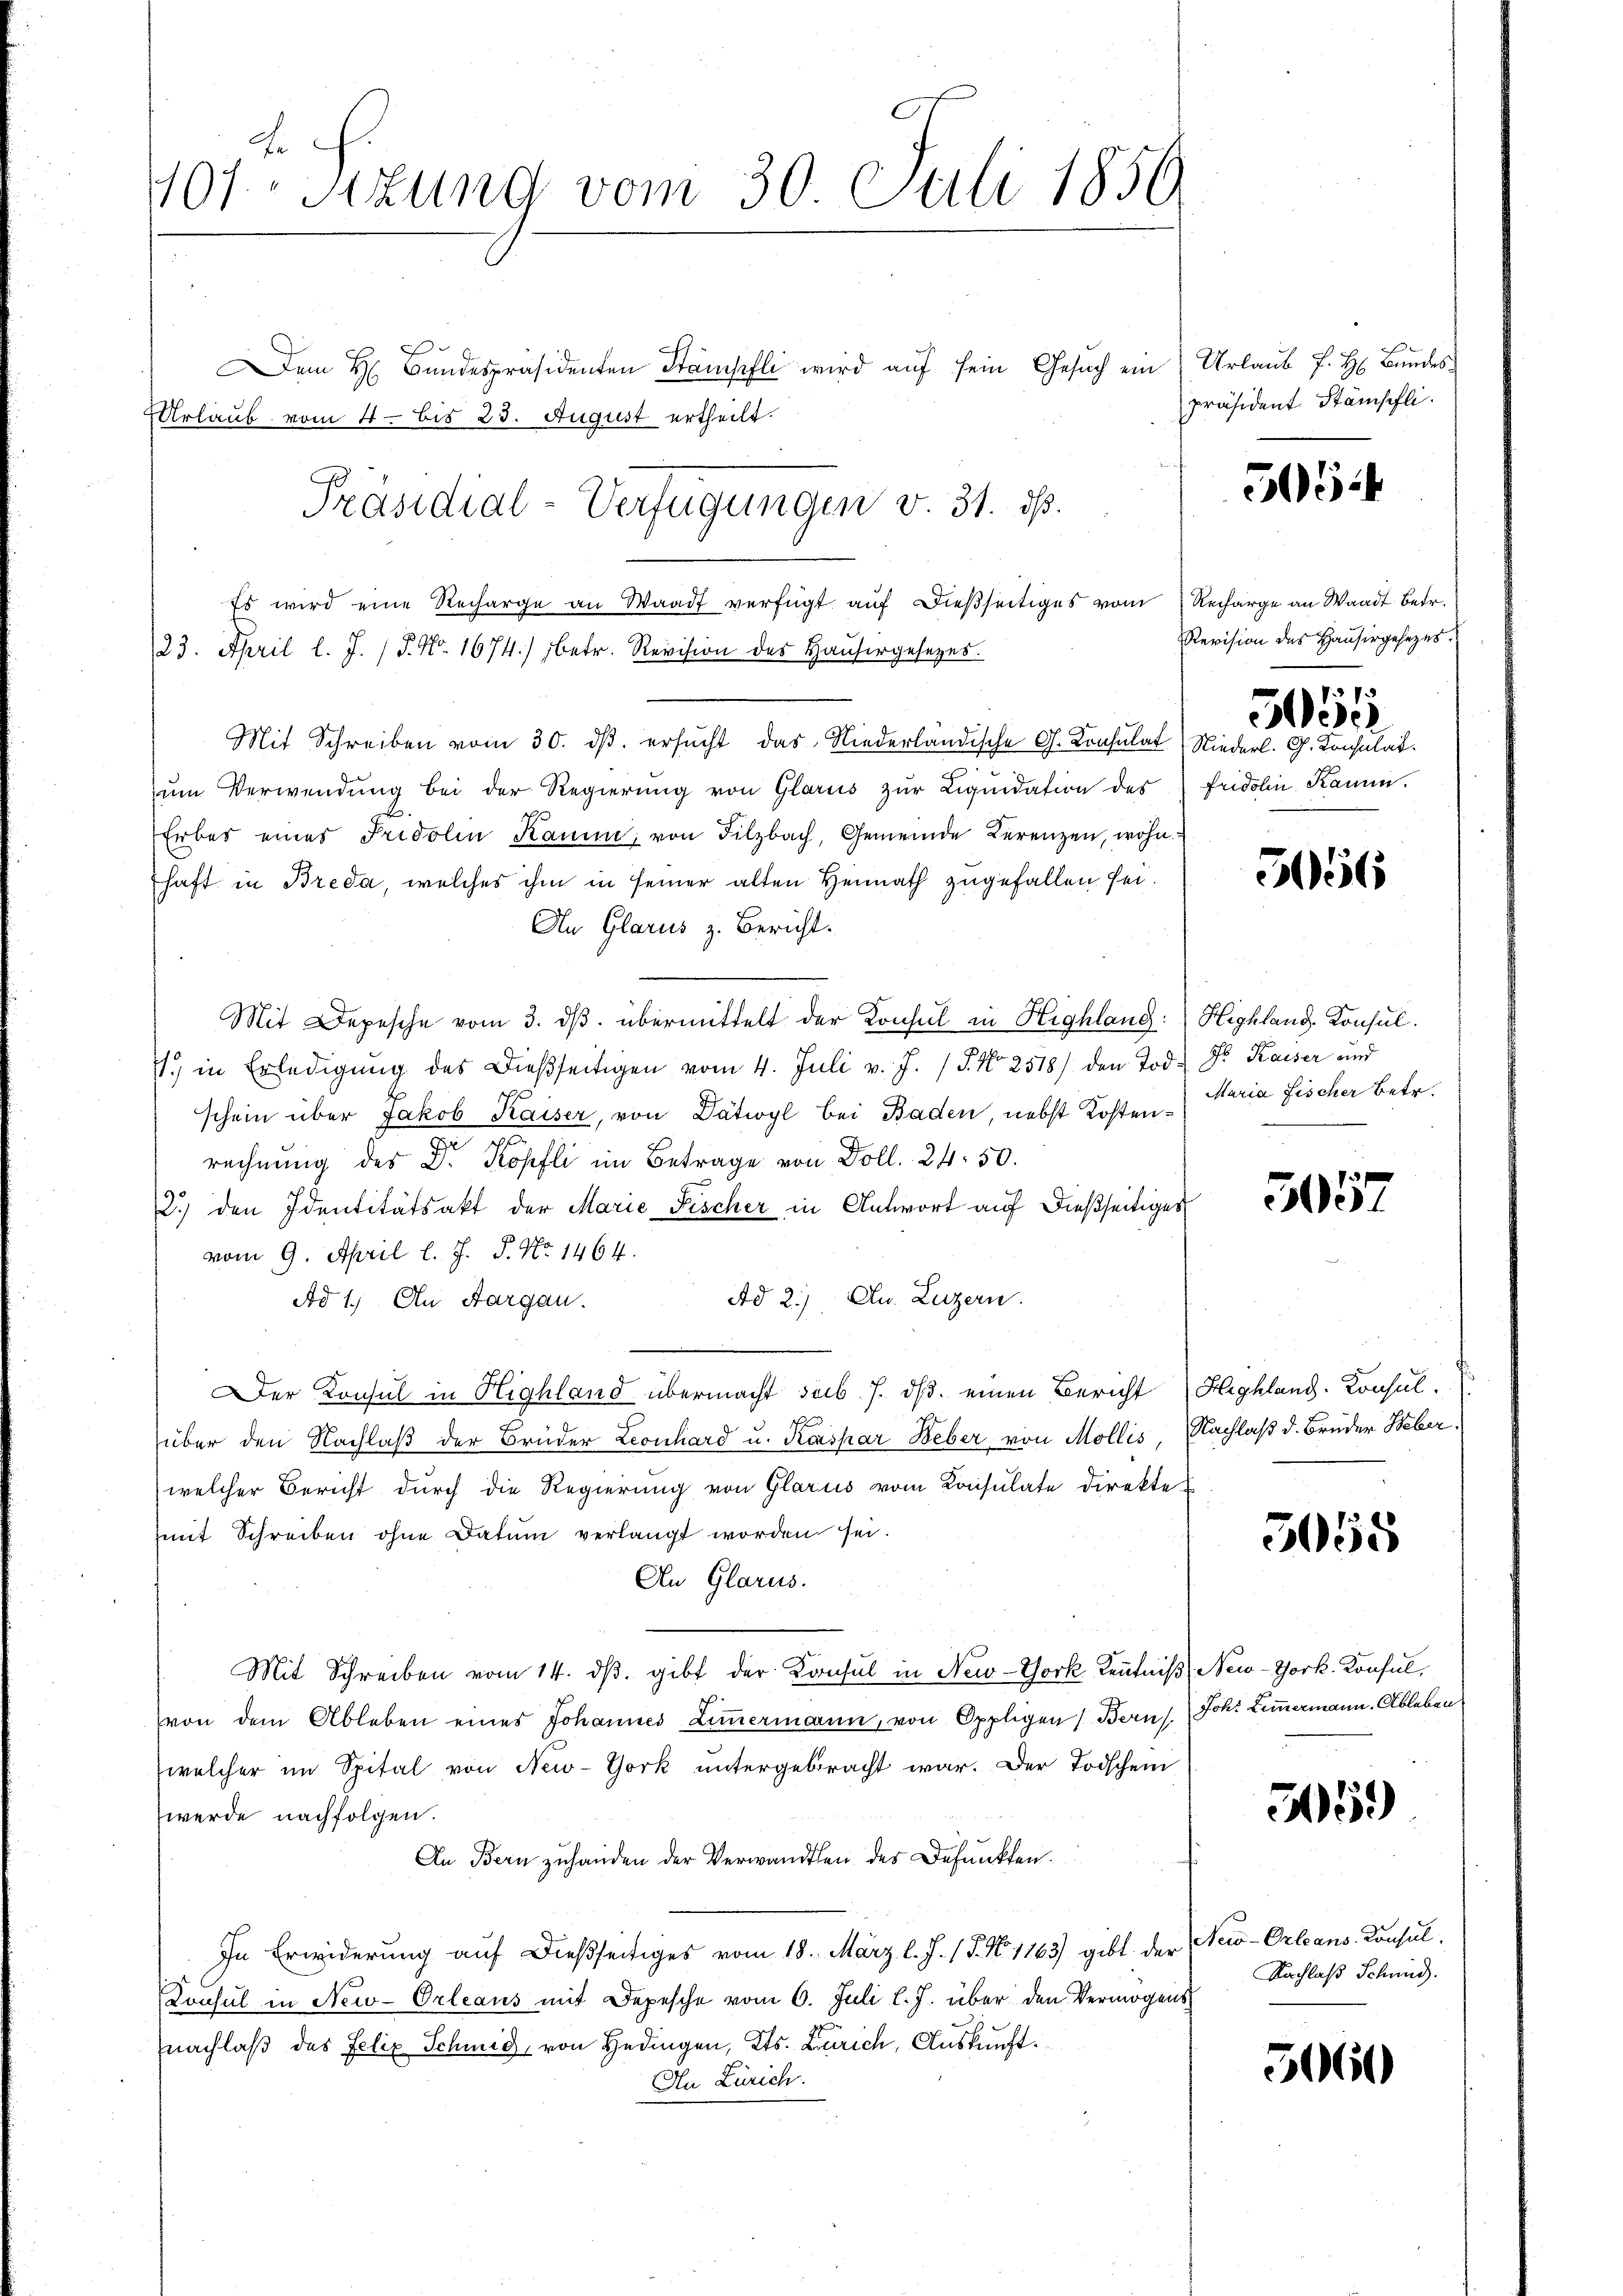
101 Sizung vom 30 Juli 1856

s
em H. Bŭndespräsidenten Stämpfli wird aŭf sein Gesŭch ein Urlaŭb J. H. Bundes¬
Urlaub vom 4. bis 23. August ertheilt.
Es wird eine Recharge an Waadt verfügt auf dießseitiges vom Recharge an Waadt betr.
23. April l. J. P. Nr. 1674) betr. Revision des Haŭsergesetzes.
Mit Schreiben vom 30. ds. ersucht das Niederländische G. Konsulat Niederl. G. Konsulat
ŭm Verwendung bei der Regierung von Glarus zur Liquidation des
Erbes eines Fridolin Kamm, von Filzbach, Gemeinde Lerenzen, wohnhaft in Breda, welches ihm in seiner alten Heimath zugefallen sei.
An Glarus z. Bericht.
Mit Depesche vom 3. dβ übermittelt der Konsul in Highlang:
7) in Erledigŭng des Dießseitigen vom 4. Juli v. J. / 5. No 2518) den Tod. Fr. Kaiser und
schein über Jakob Kaiser, von Dätwyl bei Baden, nebst Kosten Maria Fischer Betr.
rechnung des Dr. Köpfli im Betrage von Doll. 24. 50.
2.) den Identitätsakt der Marie Fischer in Antwort auf dießseitiges
vom 9. April l. J. J. No. 1464.
Ad 2.) Du. Luzern.
Ad 1. An Aargau.
er Konsul in Highland übermacht sub. 7. ds. einen Bericht
über den Nachlaß der Brüder Leonhard u. Kaspar Weber von Mollis,
welcher Bericht durch die Regierung von Glarus vom Konsulate direkte
mit Schreiben ohne Datum verlangt worden sei.
An Glarus.
Mit Schreiben vom 14. dβ. gibt der Konsul in New-York Kenntniß
von dem Ableben eines Johannes Ziṁermann, von Oppligen Berns
welcher im Spital von New-York untergebracht war. Der Todschein
werde nachfolgen.
An Bern zuhanden der Verwandten des Befunkten.
In Erwiderung auf dießseitiges vom 18. März l. J. 18. No. 1163) gibt der
Konsul in New-Orleans mit Depesche vom 6. Juli l. J. über den Vermögens
nachlaß des Felix Schmid, von Hedingen, Kts. Zürich, Auskunft.
An Zürich.

Präsidial-Verfügungen v. 31. ds.

präsident Stämpfli

5064

Revision des Hausirgesezes
.3
Gesel
Fridolin Kamm.

5056

Highland. Konsul

3057

Hleghland. Consul.
Nachlaß d. Brüder Weber.

505

New-York. Konsul,
Joh. Limmermann. Ableben.

55.)

Neio-Orleans Konsul
Nachlaß Schmid.

5060